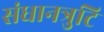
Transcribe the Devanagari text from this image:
संधानत्रुटि